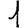
Digit: 1